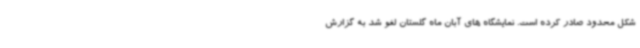
شکل محدود صادر کرده است. نمایشگاه های آبان ماه گلستان لغو شد به گزارش